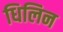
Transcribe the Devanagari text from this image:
धिलिन